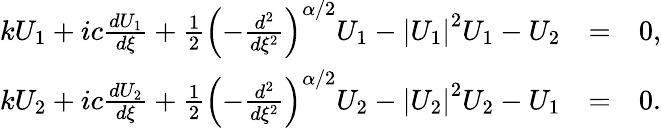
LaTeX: \begin{array}{rlr}{kU_{1}+ic\frac{dU_{1}}{d\xi}+\frac{1}{2}\left(-\frac{d^{2}}{d\xi^{2}}\right)^{\alpha/2}U_{1}-\left\vert U_{1}\right\vert^{2}U_{1}-U_{2}}&{=}&{0,}\\ {kU_{2}+ic\frac{dU_{2}}{d\xi}+\frac{1}{2}\left(-\frac{d^{2}}{d\xi^{2}}\right)^{\alpha/2}U_{2}-\left\vert U_{2}\right\vert^{2}U_{2}-U_{1}}&{=}&{0.}\end{array}